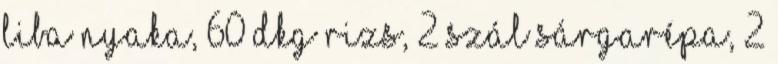
liba nyaka, 60 dkg rizs, 2 szál sárgarépa, 2